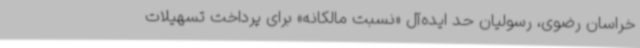
خراسان رضوی، رسولیان حد ایده‌آل «نسبت مالکانه» برای پرداخت تسهیلات